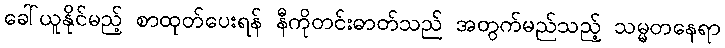
ခေါ်ယူနိုင်မည့် စာထုတ်ပေးရန် နီကိုတင်းဓာတ်သည် အတွက်မည်သည့် သမ္မတနေရာ